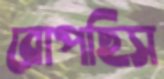
রোপছিস